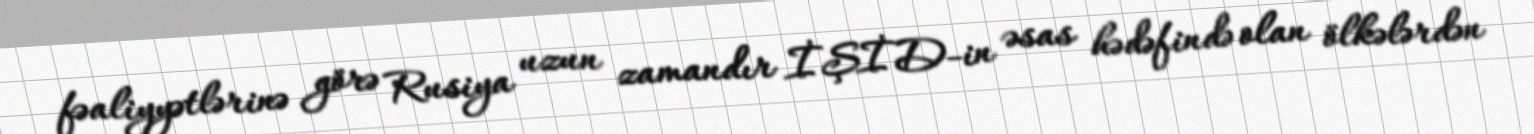
fəaliyyətlərinə görə Rusiya uzun zamandır İŞİD-in əsas hədəfində olan ölkələrdən